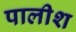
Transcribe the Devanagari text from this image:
पालीश